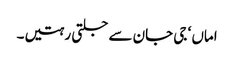
اماں ‘ جی جان سے جلتی رہتیں۔